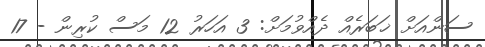
ސަންއަށް ޚަބަރެއް ދެއްވުމަށް: 3 އަހަރު 12 މަސް ކުރިން - 17